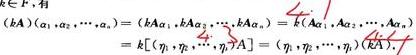
\[
\begin{align*}
(k\boldsymbol{A})(\alpha_1,\alpha_2,\cdots,\alpha_n)&=(kA\alpha_1,kA\alpha_2,\cdots,kA\alpha_n)=k(A\alpha_1,A\alpha_2,\cdots,A\alpha_n)\\
&=k[(\eta_1,\eta_2,\cdots,\eta_s)A]=(\eta_1,\eta_2,\cdots,\eta_s)(kA).
\end{align*}
\]